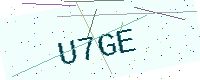
Text: U7GE